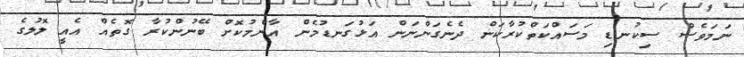
ނަމަވެސް ސިކުނޑި މަސައްކަތްކުރާކަން ދެނެގަންނަން އަޅުގަނޑުމެން އާންމުކޮށް ބޭނުންކުރާ ގޮތެއް އެއީ ލޮލުގެ